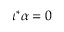
\iota ^ { * } \alpha = 0